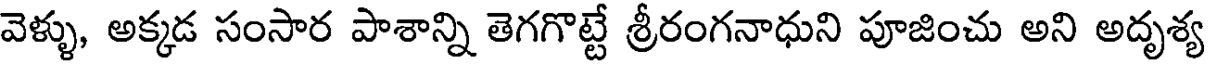
వెళ్ళు, అక్కడ సంసార పాశాన్ని తెగగొట్టే శ్రీరంగనాధుని పూజించు అని అదృశ్య